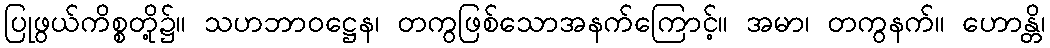
ပြုဖွယ်ကိစ္စတို့၌။ သဟဘာဝဋ္ဌေန၊ တကွဖြစ်သောအနက်ကြောင့်။ အမာ၊ တကွနက်။ ဟောန္တိ၊